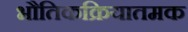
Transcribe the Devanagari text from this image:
भौतिकक्रियातमक